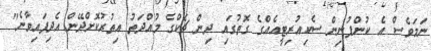
ނަމަވެސް އެ ކުންފުނިން ސެކިއުރިޓީއެއްގެ ގޮތުގައި ދިން ޗެކްގެ މުއްދަތު އިތުރުކޮށްދޭން އެދިފައިވާނެ"